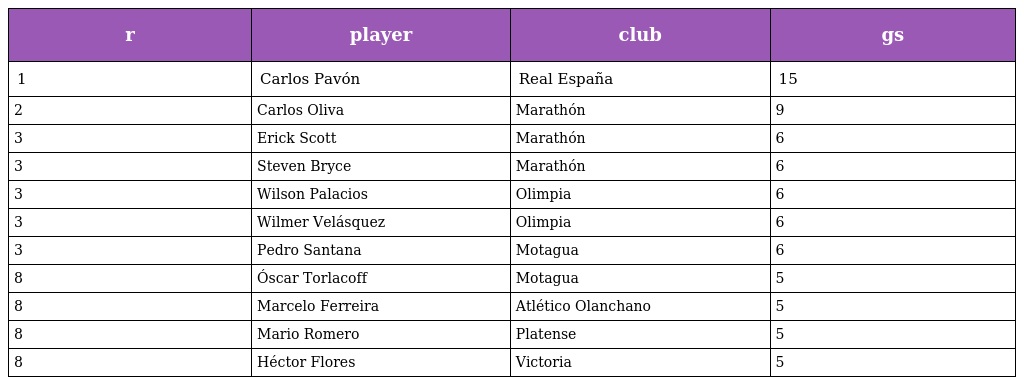
| r | player | club | gs |
 | --- | --- | --- | --- |
 | 1 | Carlos Pavón | Real España | 15 |
 | 2 | Carlos Oliva | Marathón | 9 |
 | 3 | Erick Scott | Marathón | 6 |
 | 3 | Steven Bryce | Marathón | 6 |
 | 3 | Wilson Palacios | Olimpia | 6 |
 | 3 | Wilmer Velásquez | Olimpia | 6 |
 | 3 | Pedro Santana | Motagua | 6 |
 | 8 | Óscar Torlacoff | Motagua | 5 |
 | 8 | Marcelo Ferreira | Atlético Olanchano | 5 |
 | 8 | Mario Romero | Platense | 5 |
 | 8 | Héctor Flores | Victoria | 5 |